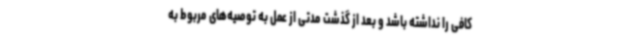
کافی را نداشته باشد و بعد از گذشت مدتی از عمل به توصیه‌های مربوط به